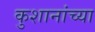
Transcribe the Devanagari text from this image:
कुशानांच्या